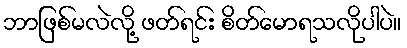
ဘာဖြစ်မလဲလို့ ဖတ်ရင်း စိတ်မောရသလိုပါပဲ။